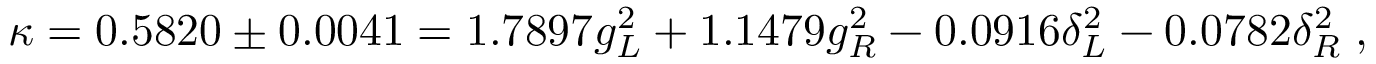
\kappa = 0 . 5 8 2 0 \pm 0 . 0 0 4 1 = 1 . 7 8 9 7 g _ { L } ^ { 2 } + 1 . 1 4 7 9 g _ { R } ^ { 2 } - 0 . 0 9 1 6 \delta _ { L } ^ { 2 } - 0 . 0 7 8 2 \delta _ { R } ^ { 2 } \; ,